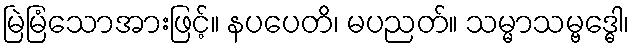
မြဲမြံသောအားဖြင့်။ နပပေတိ၊ မပညတ်။ သမ္မာသမ္ဗဒ္ဓေါ၊